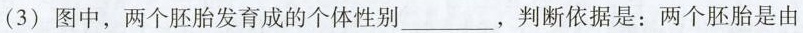
(3)图中，两个胚胎发育成的个体性别___，判断依据是：两个胚胎是由